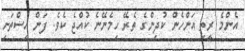
އެންމެ ރީތި އަންހެން ކުދިންގެ ތެރޭ ހިމެނޭނެ ކުއްޖެ ކެވެ. ފަން އިސްތަށި